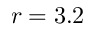
r = 3 . 2